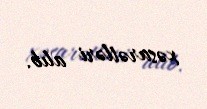
xəsarətləri alıb.